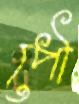
পৌ